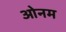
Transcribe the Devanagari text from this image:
ओनम